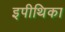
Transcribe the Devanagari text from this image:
इपीथिका